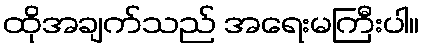
ထိုအချက်သည် အရေးမကြီးပါ။